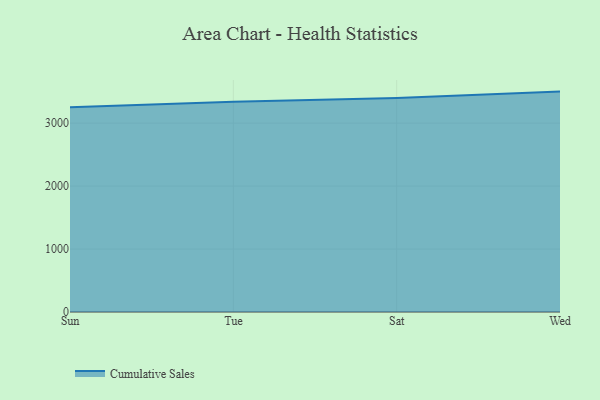
{"axis": {"x": "Day", "y": "Bounce Rate (%)"}, "legend": ["Cumulative Sales"], "data": [{"x": "Sun", "y": 3251.5, "type": "Cumulative Sales"}, {"x": "Tue", "y": 3340.3, "type": "Cumulative Sales"}, {"x": "Sat", "y": 3398.6, "type": "Cumulative Sales"}, {"x": "Wed", "y": 3500.6, "type": "Cumulative Sales"}]}